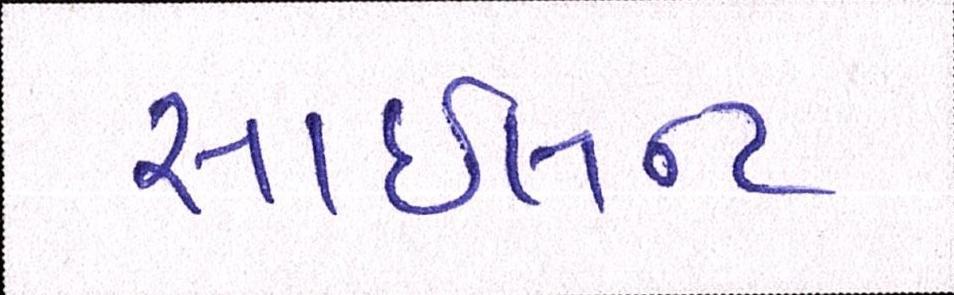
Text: સાઇલન્ટ